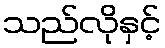
သည်လိုနှင့်